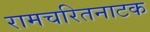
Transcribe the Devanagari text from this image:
रामचरितनाटक